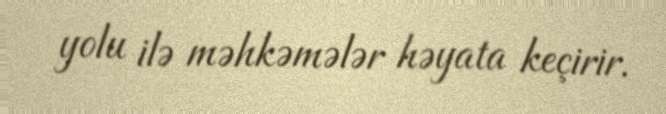
yolu ilə məhkəmələr həyata keçirir.